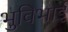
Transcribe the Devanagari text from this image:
भुविभाई